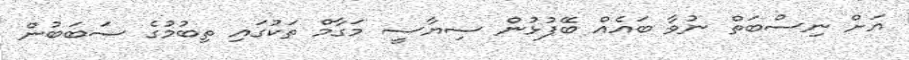
އަށް ނިސްބަތް ނުވާ ބައެއް ބޭފުޅުން ސިޔާސީ މަގާމް ތަކުގައި ތިބުމުގެ ސަބަބުން